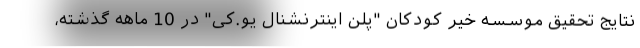
نتایج تحقیق موسسه خیر کودکان "پلن اینترنشنال یو.کی" در 10 ماهه گذشته،